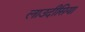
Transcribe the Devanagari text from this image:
लाउदीसिया